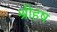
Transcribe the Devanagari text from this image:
श्रीहष